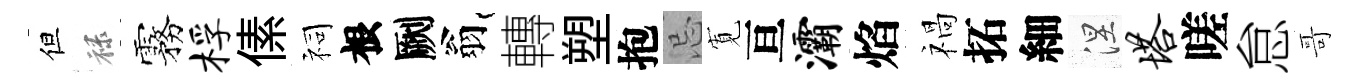
但禄霧桴傃祠根劂翁轉塑抱忌𡩖亘灞焰禍拓細涅塔嗟怠哥